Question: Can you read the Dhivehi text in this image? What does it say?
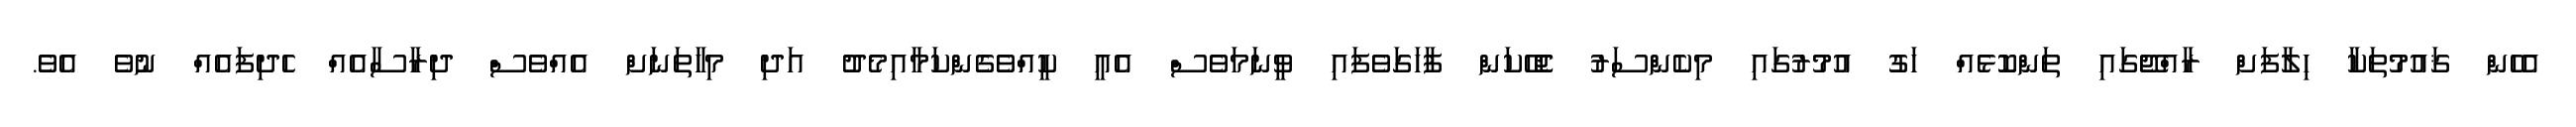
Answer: އެހެން ޤައުމުތަކާ ހިލާފަށް ރާއްޖޭގައި ތަންކޮޅެއް ހަގު އުމުރުގައި މިކެންސަރު ޖެހޭކަން ފާހަގަވެފައި ވީނަމަވެސް އެއީ ކީއްވެގެންކަމާއިމެދު އަދި މިހާތަނަށް އެއްވެސް ދިރާސާއެއް ހެދިފައެއް ނުވެ އެވެ.